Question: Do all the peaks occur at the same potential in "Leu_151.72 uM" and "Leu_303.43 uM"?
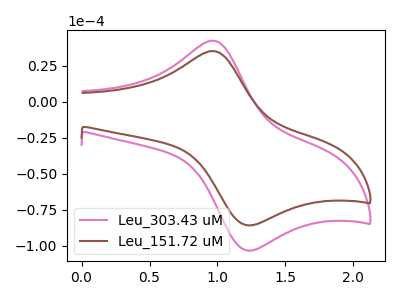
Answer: <think>The pink curve "Leu_303.43 uM" has an anodic peak at (0.95V, 42.50uA) and a cathodic peak at (1.20V, -103.05uA). The brown curve "Leu_151.72 uM" has an anodic peak at (0.95V, 35.25uA) and a cathodic peak at (1.20V, -85.55uA).</think>
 <answer>Yes, "Leu_151.72 uM" have a peak in "Leu_303.43 uM" at the same potential.</answer>
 <eval>match</eval>